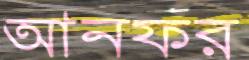
আনফর